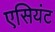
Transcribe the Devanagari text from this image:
एसियंट